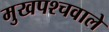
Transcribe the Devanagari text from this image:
मुखपश्चवाले